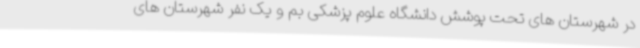
در شهرستان های تحت پوشش دانشگاه علوم پزشکی بم و یک نفر شهرستان های